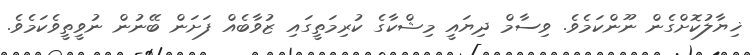
ޚިޔާލުކޮށްގެން ނޫންކަމެވެ. ވިސާމް ދިޔައީ މިޝްކާގެ ކުރިމަތީގައި ޒުވާބެއް ފަށަން ބޭނުން ނުވީތީވެކަމެވެ.